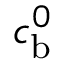
c _ { \mathrm { b } } ^ { 0 }